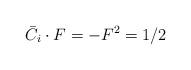
LaTeX: \begin{align*}\bar{C}_i \cdot F=-F^2=1/2\end{align*}